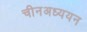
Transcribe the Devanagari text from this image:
चीनअध्ययन